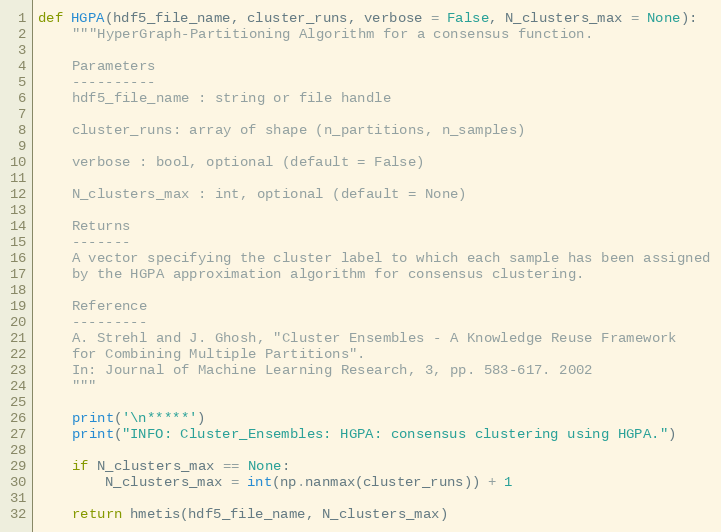
Language: Python
def HGPA(hdf5_file_name, cluster_runs, verbose = False, N_clusters_max = None):
    """HyperGraph-Partitioning Algorithm for a consensus function.

    Parameters
    ----------
    hdf5_file_name : string or file handle

    cluster_runs: array of shape (n_partitions, n_samples)

    verbose : bool, optional (default = False)

    N_clusters_max : int, optional (default = None)

    Returns
    -------
    A vector specifying the cluster label to which each sample has been assigned
    by the HGPA approximation algorithm for consensus clustering.

    Reference
    ---------
    A. Strehl and J. Ghosh, "Cluster Ensembles - A Knowledge Reuse Framework
    for Combining Multiple Partitions".
    In: Journal of Machine Learning Research, 3, pp. 583-617. 2002
    """

    print('\n*****')
    print("INFO: Cluster_Ensembles: HGPA: consensus clustering using HGPA.")

    if N_clusters_max == None:
        N_clusters_max = int(np.nanmax(cluster_runs)) + 1

    return hmetis(hdf5_file_name, N_clusters_max)